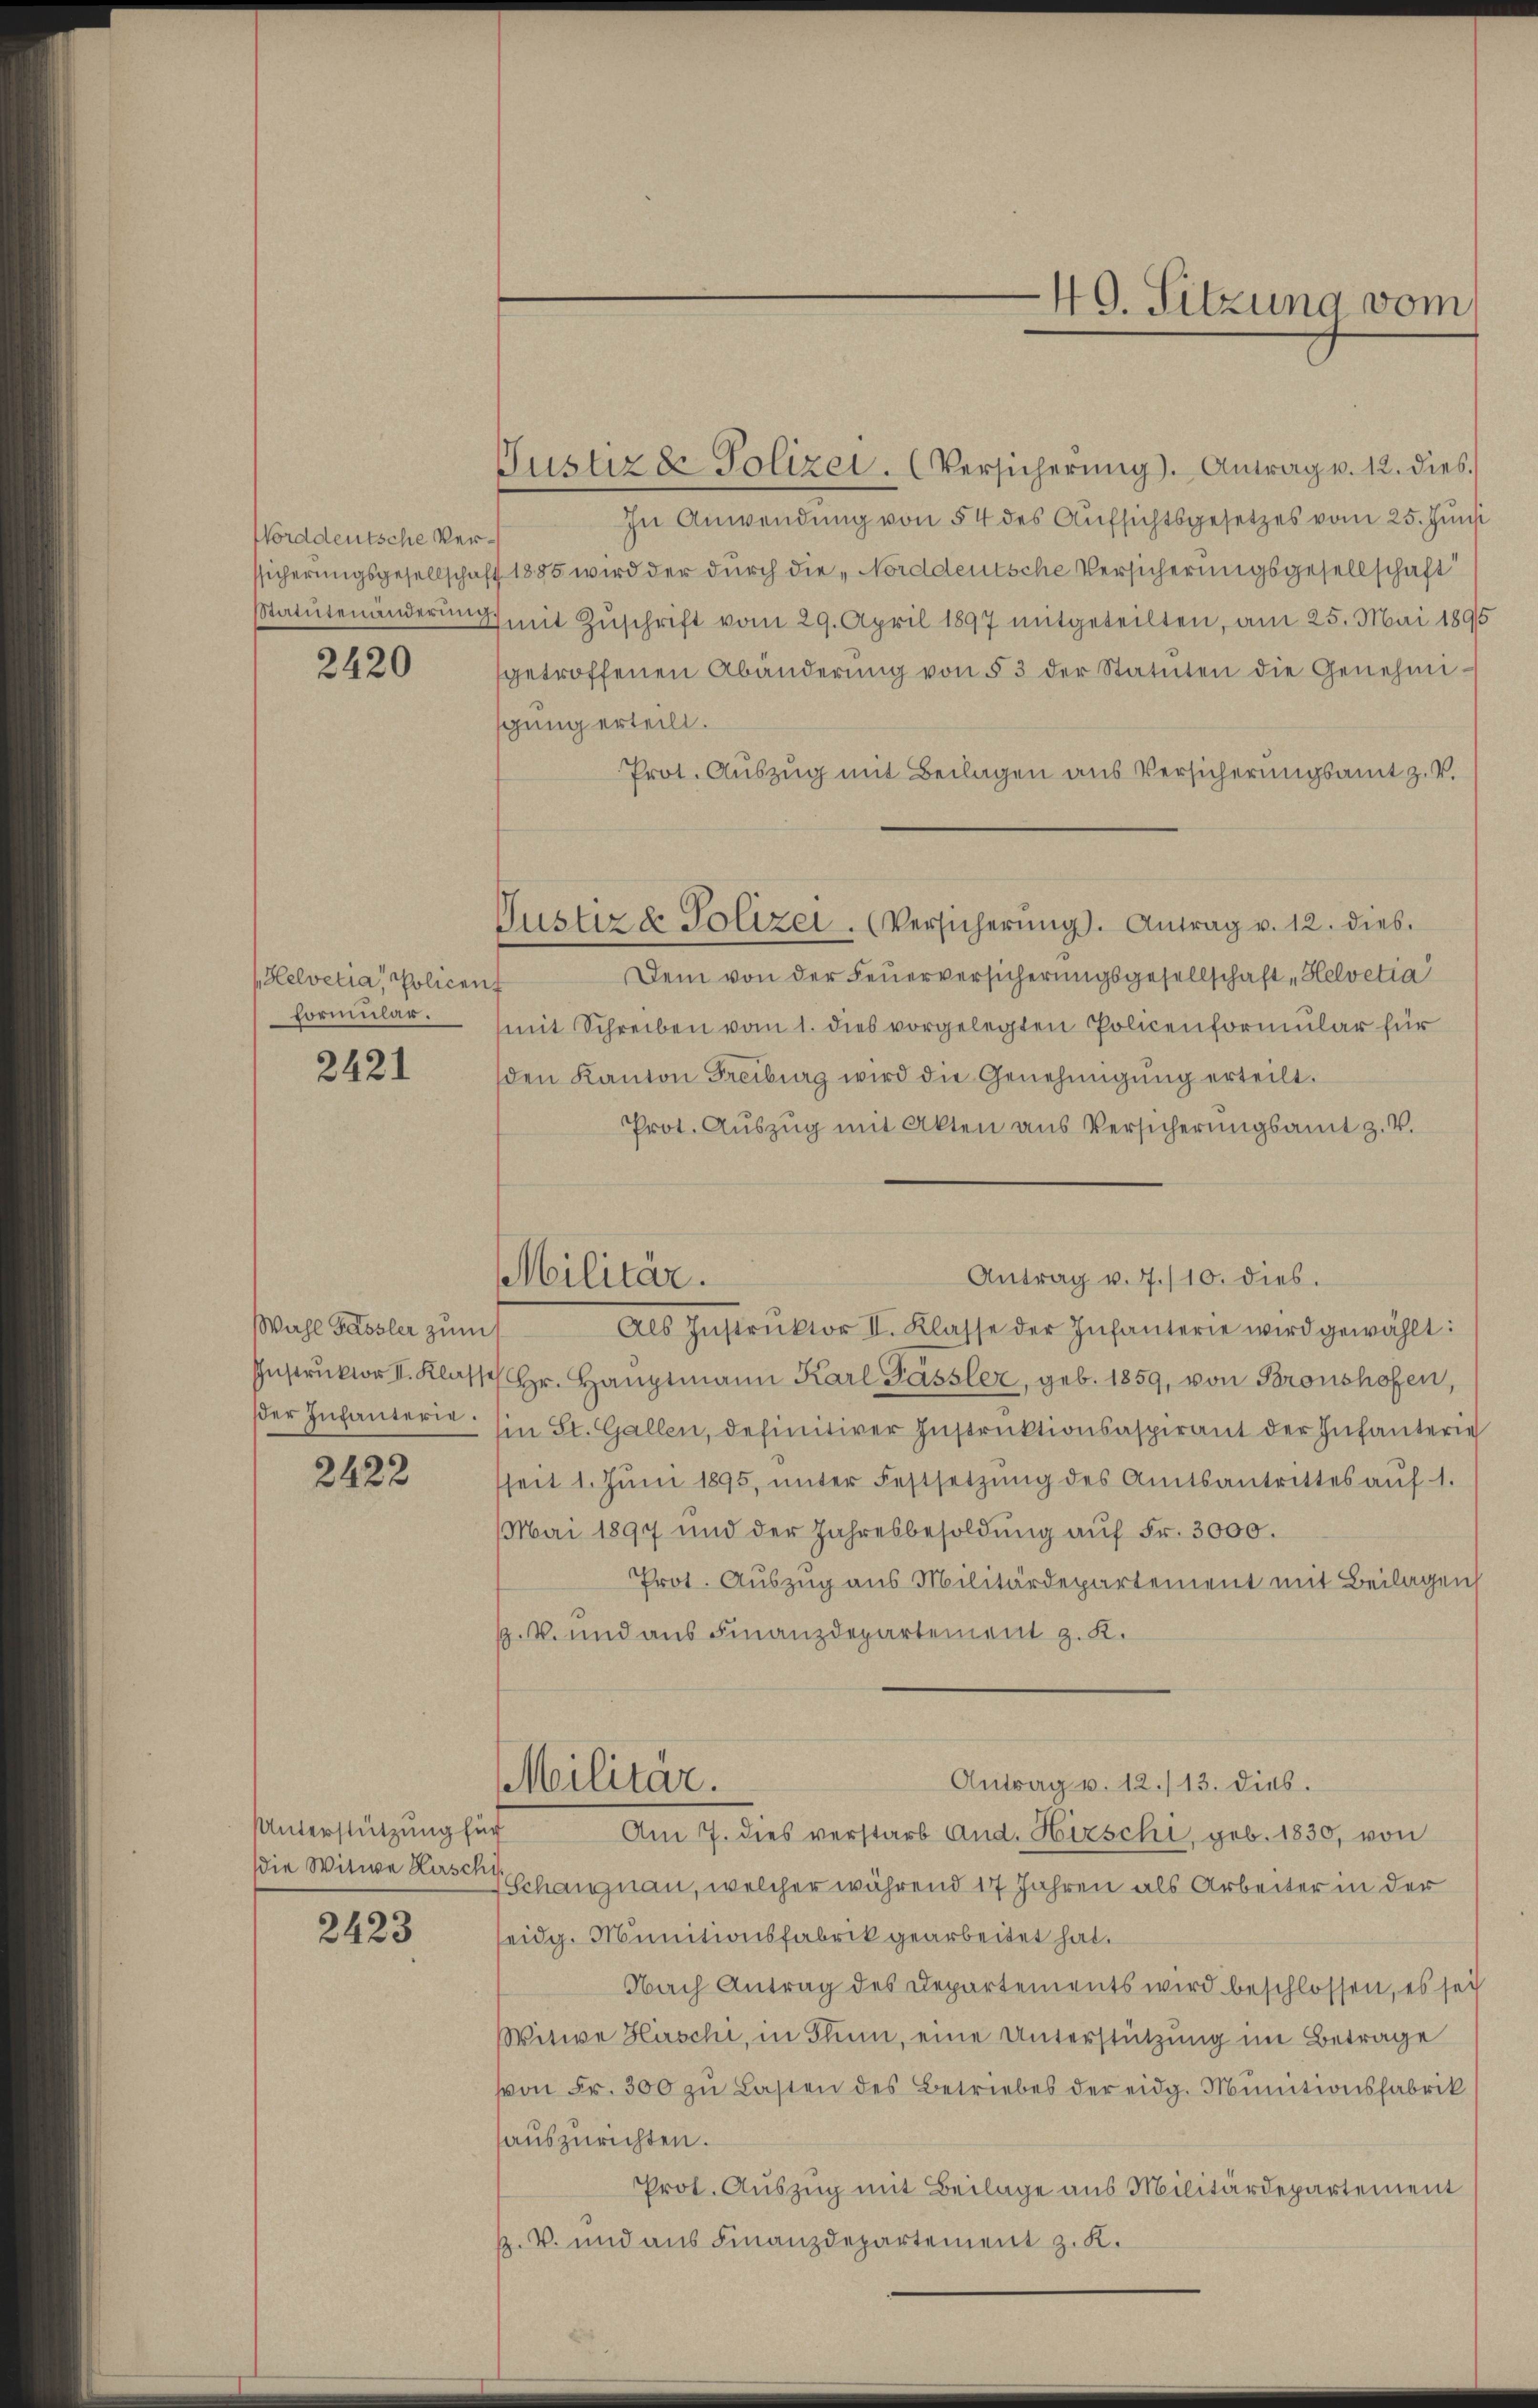
Norddeutsche Ver¬
Statutenänderung

2420

Helvetia, Policent
Formular.

2421

Wahl Sassler zum
der Infanterie.

2422

UUnterstützung für

2423

Justiz & Polizei. (Versicherŭng. Antrag v. 12. dies

Justiz & Polizei. (Versicherŭng. Antrag v. 12. dies
In Anwendung von 54 des Aufsichtsgesetzes vom 25. Juni
ssicherungsgesellschaft 1885 wird der durch die „Norddeutsche Versicherungsgesellschaft
mit Zuschrift vom 29. April 1897 mitgeteilten, am 25. Mai 1895
getroffenen Abänderŭng von § 3 der Statuten die Genehmi-
sgung erteilt.
Prot. Auszug mit Beilagen aus Versicherungsamt z. V.
Dem von der Feuerversicherungsgesellschaft "Helvetia
mit Schreiben vom 1. dies vorgelegten Policenformular für
den Kanton Freiburg wird die Genehmigŭng erteilt.
Prot. Aŭszŭg mit Akten aus Versicherŭngsamt z. V.
Antrag v. 7./10. dies.
Militär.
Als Instrŭktor II. Klasse der Infanterie wird gewählt:
Instrŭktor II. Klasse Hr. Haŭptmann Karl Sassler, geb. 1859, von Bronshofen,
Ein St. Gallen, definitiver Instruktionsaspirant der Infanterie
seit 1. Jŭni 1895, ŭnter Festsetzŭng des Amtsantrittes aŭf 1.
Mai 1897 und der Jahresbesoldung aŭf Fr. 3000.
Prot. Auszug aus Militärdepartement mit Beilagen
M. und aus Finanzdepartement z. K.

Militär.

49. Sitzung vom

Antrag v. 12./13. dies.
Am 7. dies verstarb And. Hirschi, geb. 1830, von
die Witwe Rasenhangnau, welcher während 17 Jahren als Arbeiter in der
seidg. Munitionsfabrik gearbeitet hat.
Nach Antrag des Departements wird beschlossen, es sei
Witwe Hirschi, in Thun, eine Unterstützung im Betrage
von Fr. 300 zŭ Lasten des Betriebes der eidg. Munitionsfabrik
auszurichten.
Prot. Auszug mit Beilage aus Militärdepartement
k. V. und aus Finanzdepartement z. K.